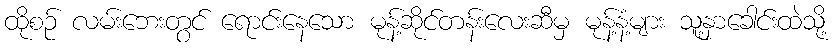
ထိုစဉ် လမ်းဘေးတွင် ရောင်းနေသော မုန့်ဆိုင်တန်းလေးဆီမှ မုန့်နံ့များ သူ့နှာခေါင်းထဲသို့